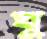
ঘু